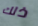
ذلك